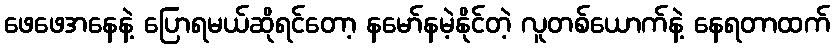
ဖေဖေအနေနဲ့ ပြောရမယ်ဆိုရင်တော့ နမော်နမဲ့နိုင်တဲ့ လူတစ်ယောက်နဲ့ နေရတာထက်